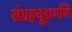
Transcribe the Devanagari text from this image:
संग्रहचूड़ामणि